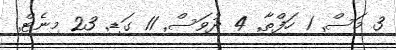
3 މަސް